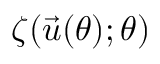
\zeta ( \vec { u } ( \theta ) ; \theta )